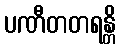
ပဏီတတရန္တိ